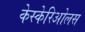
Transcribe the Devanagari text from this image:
केस्केरिओलस